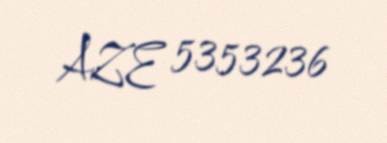
AZE 5353236